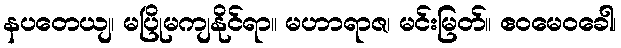
နပတေယျ၊ မပြိုမကျနိုင်ရာ။ မဟာရာဇ၊ မင်းမြတ်။ ဧဝမေဝခေါ၊